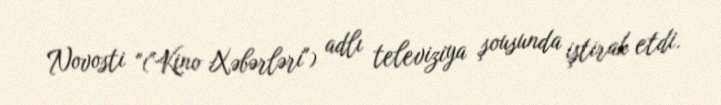
Novosti "("Kino Xəbərləri") adlı televiziya şousunda iştirak etdi.